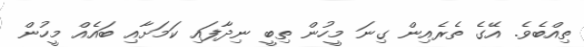
ތިއްބެވެ. އޭގެ ތެރެއިން ގިނަ މީހުން ތިބީ ނިދާފައި ކަމަށާއި ބައެއް މީހުން